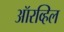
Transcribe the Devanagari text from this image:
ऑरव्हिल